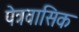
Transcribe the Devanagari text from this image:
पेत्रवासिक